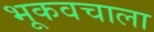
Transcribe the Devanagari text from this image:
भूकवचाला